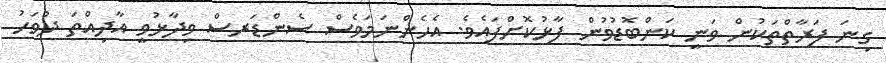
ގިނަ ފަރާތްތަކުން ވަނީ ކަންބޮޑުވުން ފާޅުކޮށްފައެވެ. އެހެންނަމަވެސް ސެންޑަރސް ވިދާޅުވީ އާދިއްތަ ދުވަހު